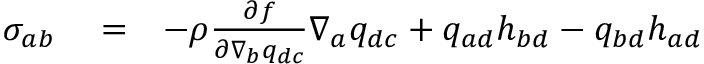
\begin{array} { r l r } { { \sigma } _ { a b } } & { { } = } & { - \rho \frac { \partial f } { \partial \nabla _ { b } q _ { d c } } \nabla _ { a } q _ { d c } + q _ { a d } h _ { b d } - q _ { b d } h _ { a d } } \end{array}